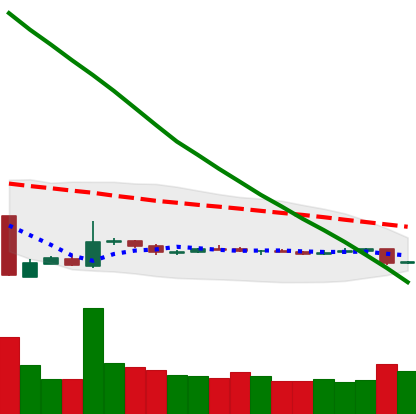
Ticker: ETH-USD
Chart end date: 2018-10-30
Forward return: 5.026%
Label: up_5_7